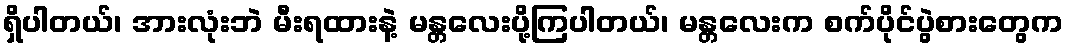
ရှိပါတယ်၊ အားလုံးဘဲ မီးရထားနဲ့ မန္တလေးပို့ကြပါတယ်၊ မန္တလေးက စက်ပိုင်ပွဲစားတွေက